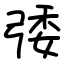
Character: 㢻